V__Kingissepa_nim__kolhoos, lk 5
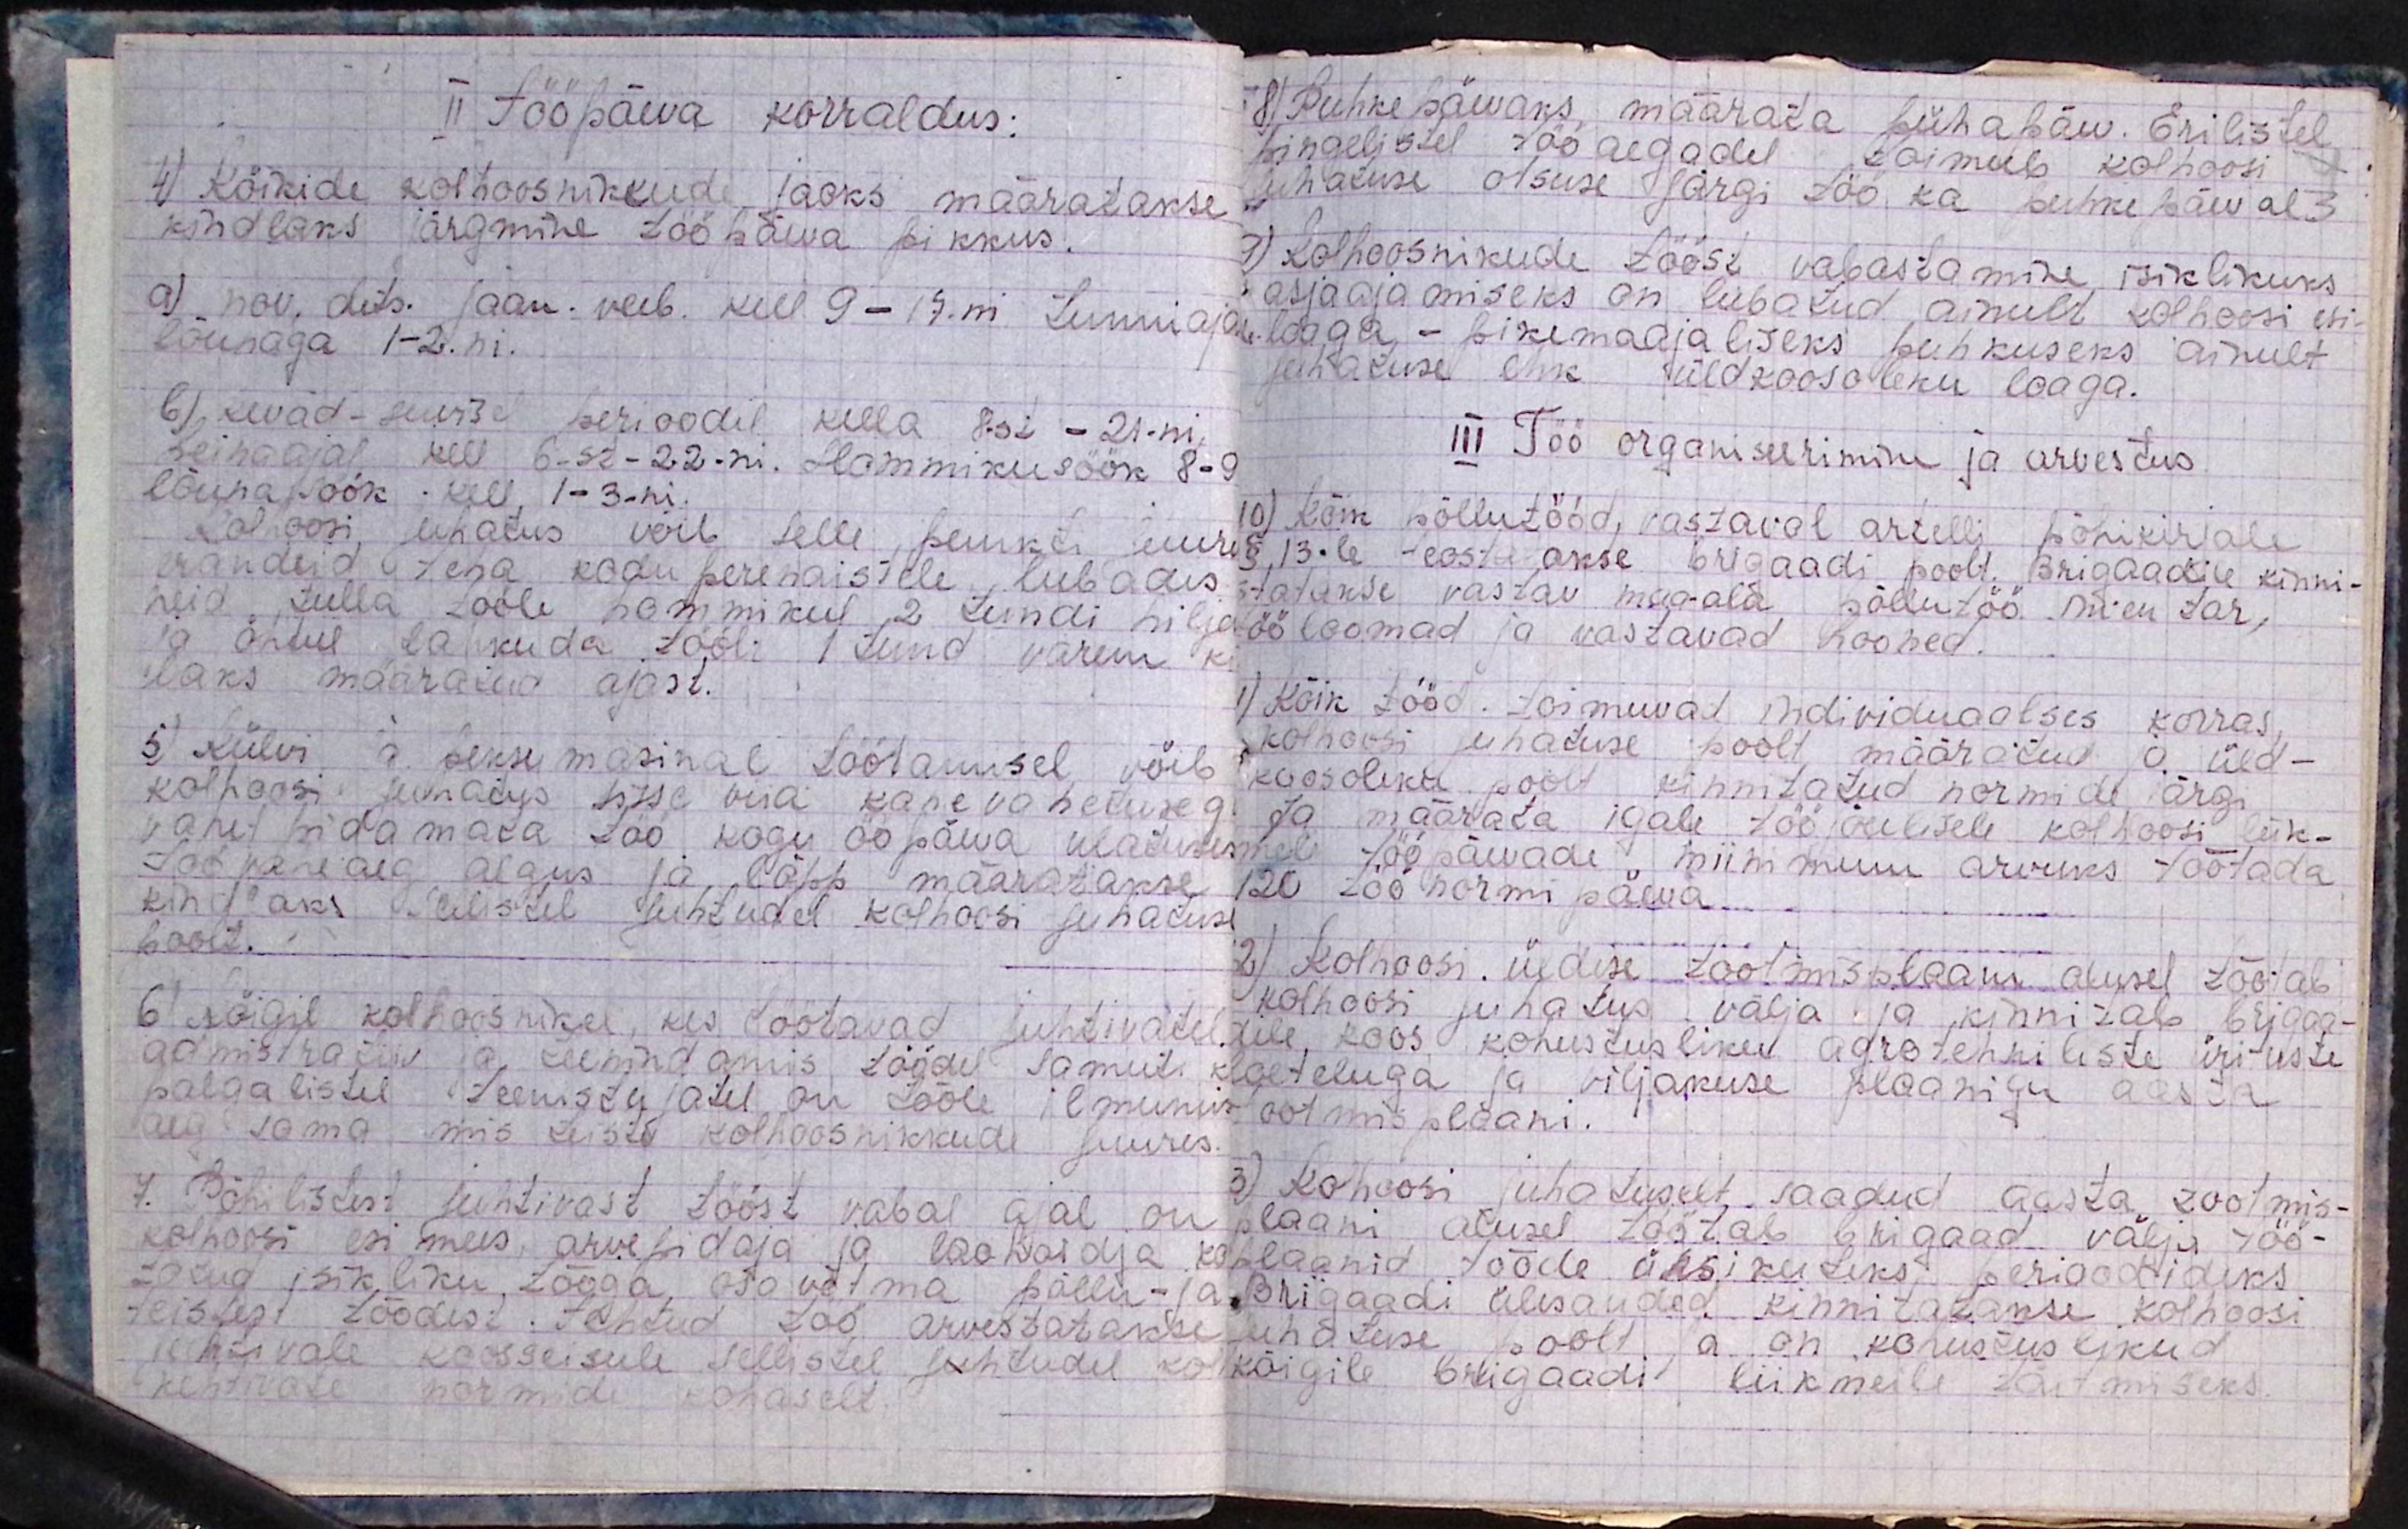
II tööpäeva korraldus:
4) Kõikide kolhoosnikkude jaoks määratakse
kindlaks järgmine tööpäeva pikkus.
a) nov. dets. jaan. veeb. kell 9 - 17.ni tunniaja
lõunaga 1-2.ni.
6) kevad - suvisel perioodil kella 8-st - 21-ni,
heinaajal kell 6-st-22-ni. Hommikusöök 8-9
lõunasöök kell 1-3-ni.
Kolhoosi juhatus võib selle punkti juure
erandeid teha kodu perenaistele, lubades
neid tulla tööle hommikul 2 tundi hilja
ja õhtul lahkuda töölt 1 tund varem ki
dlaks määratud ajast.
5) Külvi ja peksu masinal töötamisel võib
kolhoosi juhatus sisse viia kahevahetuseg
vahet pidamata töö kogu ööpäeva ulatuses
Tööpäeva aeg algus ja lõpp määratakse
kindlaks sellistel juhtudel kolhoosi juhatuse
poolt.
6) Kõigil kolhoosnikel, kes töötavad juhtivatel
admistratiiv ja teenindamis töödel samuti
palgalistel teenistujatel on tööle ilmumis
aeg sama mis teiste kolhoosnikkude juures.
7. Põhilistest juhtivast tööst vabal ajal on
kolhoosi esimees, arvepidaja laohoidja
totud isikliku tööga osa võtma põllu- ja
teistest töödest tehtud töö arvestatakse
kehtivale koosseisule sellistel juhtudel ko-
kehtivate normide kohaselt.

8) Puhkepäevaks määrata pühapäev. Erilistel
pingelistel tööaegadel toimub kolhoosi
juhatuse otsuse järgi töö ka puhkepäeval
9) Kolhoosnikude tööst vabastamine isiklikuks
asjaajamiseks on lubatud ainult kolhoosi esi-
loaga - pikemaajaliseks puhkuseks ainult
juhatuse ehk üldkoosoleku loaga.
III Töö organiseerimine ja arvestus
10) Kõik põllutööd, vastaval artelli põhikirjale
§ 13-le teostatakse brigaadi poolt. Brigaadile kinni-
tatakse vastav maa-ala põllutöö inventar,
ööloomad ja vastavad hooned.
1) Kõik tööd toimuvad individuaalses korras,
kolhoosi juhatuse poolt määratud ja üld-
koosoleku poolt kinnitatud normide järgi.
Ja määrata igale tööjõulisele kolhoosi liik-
mele tööpäevade miinimum arvuks töötada
120 töö normi päeva.
2) Kolhoosi üldise töötamisplaani alusel töötab
kolhoosi juhatus välja ja kinnitab brigaa-
dile koos kohustusliku agrotehniliste ürituste
iaeteluga ja viljakuse plaaniga aasta
tootmisplaani.
3) Kolhoosi juhatuselt saadud aasta tootmis-
plaani alusel töötab brigaad välja töö-
plaanid tööde üksikuteks perioodideks.
Brigaadi ülesanded kinnitatakse kolhoosi
juhatuse poolt ja on kohustuslikud
kõigile brigaadi liikmeile täitmiseks.